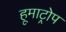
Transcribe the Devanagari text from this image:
हूमाट्रोप